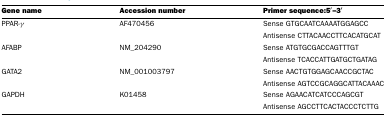
<table><thead><tr><td><b>Gene name</b></td><td><b>Accession number</b></td><td><b>Primer sequence:5′–3′</b></td></tr></thead><tbody><tr><td>PPAR-γ</td><td>AF470456</td><td>Sense GTGCAATCAAAATGGAGCC</td></tr><tr><td></td><td></td><td>Antisense CTTACAACCTTCACATGCAT</td></tr><tr><td>AFABP</td><td>NM_204290</td><td>Sense ATGTGCGACCAGTTTGT</td></tr><tr><td></td><td></td><td>Antisense TCACCATTGATGCTGATAG</td></tr><tr><td>GATA2</td><td>NM_001003797</td><td>Sense AACTGTGGAGCAACCGCTAC</td></tr><tr><td></td><td></td><td>Antisense AGTCCGCAGGCATTACAAAC</td></tr><tr><td>GAPDH</td><td>K01458</td><td>Sense AGAACATCATCCCAGCGT</td></tr><tr><td></td><td></td><td>Antisense AGCCTTCACTACCCTCTTG</td></tr></tbody></table>